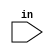
module p_1
  #(parameter WIDTH=64)
   (input [WIDTH-1:0] in);
   wire [4:0] out = in;
endmodule